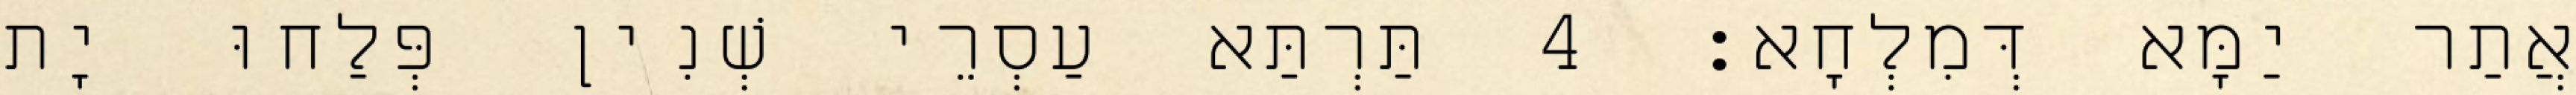
אֲתַר יַמָּא דְּמִלְחָא׃ 4 תַּרְתַּא עַסְרֵי שְׁנִין פְּלַחוּ יָת